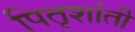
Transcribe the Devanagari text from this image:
पितृशांती